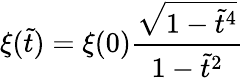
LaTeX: \xi(\tilde{t})=\xi(0)\frac{\sqrt{1-\tilde{t}^{4}}}{1-\tilde{t}^{2}}